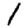
Digit: 1